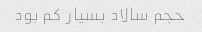
حجم سالاد بسیار کم بود